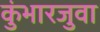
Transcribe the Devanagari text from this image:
कुंभारजुवा